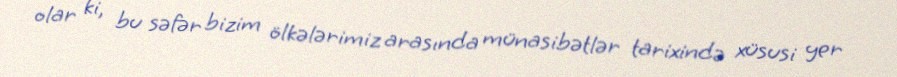
olar ki, bu səfər bizim ölkələrimiz arasında münasibətlər tarixində xüsusi yer